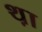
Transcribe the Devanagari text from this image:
थ़ा